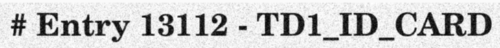
# Entry 13112 - TD1_ID_CARD